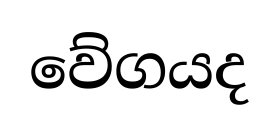
වේගයද